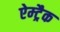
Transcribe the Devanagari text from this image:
ऐम्ट्रैक